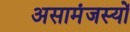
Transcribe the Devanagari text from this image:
असामंजस्यों